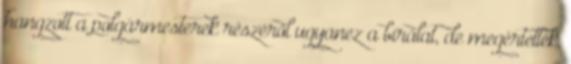
hangzott a polgármesterek részéről ugyanez a bírálat, de megértették,